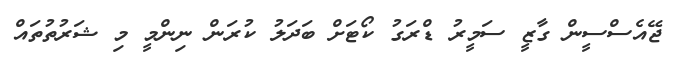
ޖޭއެސްސީން ގާޒީ ސަމީރު ޑްރަގު ކޯޓަށް ބަދަލު ކުރަން ނިންމީ މި ޝަރުތުތައް